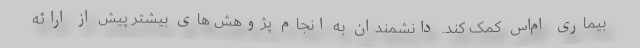
بیماری ام‌اس کمک کند. دانشمندان به انجام پژوهش های بیشتر پیش از ارائه